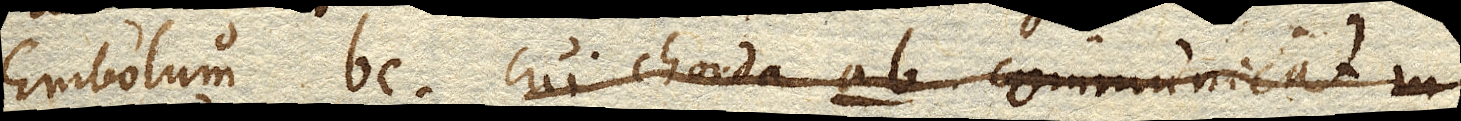
Embolum bc cui chorda ab communicat in